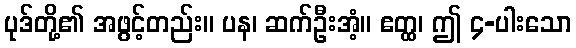
ပုဒ်တို့၏ အဖွင့်တည်း။ ပန၊ ဆက်ဦးအံ့။ ဧတ္ထ၊ ဤ ၄-ပါးသော